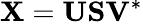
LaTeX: \mathbf{X}=\mathbf{U}\mathbf{S}\mathbf{V}^{*}